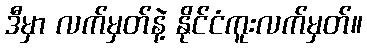
ဒီမှာ လက်မှတ်နဲ့ နိုင်ငံကူးလက်မှတ်။